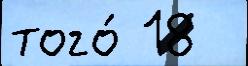
того́ 18